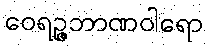
ဝေရဉ္ဇဘာဏဝါရော